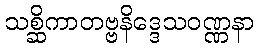
သစ္ဆိကာတဗ္ဗနိဒ္ဒေသဝဏ္ဏနာ